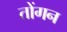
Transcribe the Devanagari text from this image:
तोंगन